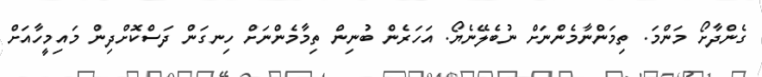
ގެންދާށޯ މަންމަ. ތިމަންނާމެންނަށް ނުބެލޭނެޔޯ. އަހަރެން ބުނިން ތިމާމެންނަށް ހިނގަން ދަސްކޮށްދިން މައިމީހާއަށް